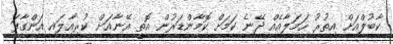
ކާބުލްއަށް އިތުރު ހަމަލާއެއް ދޭނެ ކަމަށް ކޮމާންޑަރުން އޮތީ އޭނާއަށް ކުރިއާލައި އަންގާފަ